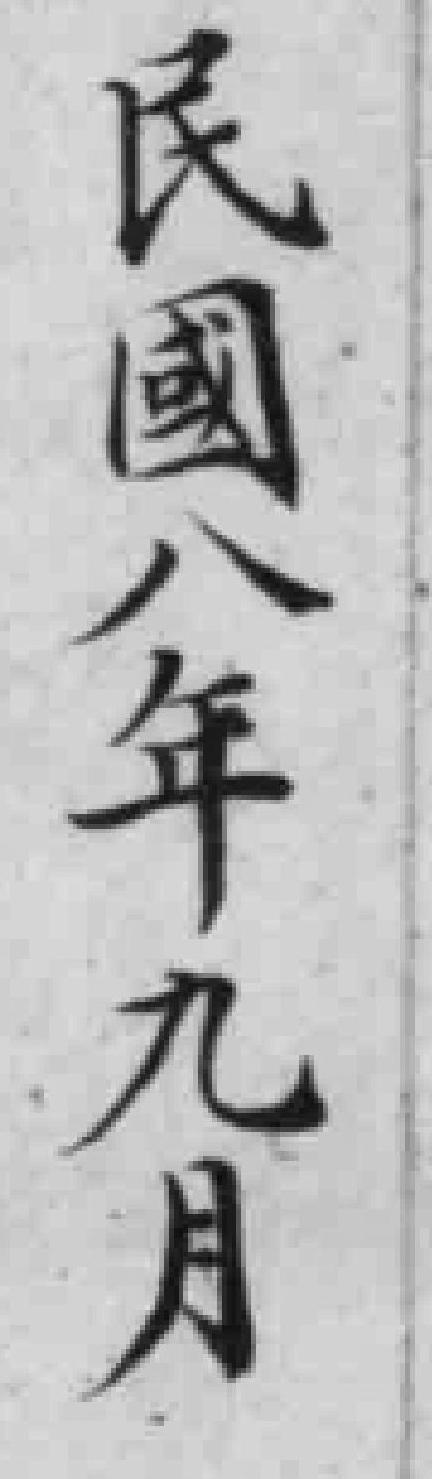
民國八年九月